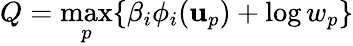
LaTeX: Q=\operatorname*{max}_{p}\{ \beta_{i}\phi_{i}(\mathbf{u}_{p})+\log w_{p}\}